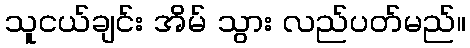
သူငယ်ချင်း အိမ် သွား လည်ပတ်မည်။